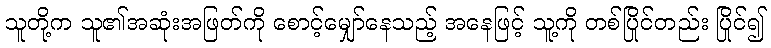
သူတို့က သူ၏အဆုံးအဖြတ်ကို စောင့်မျှော်နေသည့် အနေဖြင့် သူ့ကို တစ်ပြိုင်တည်း ပြိုင်၍